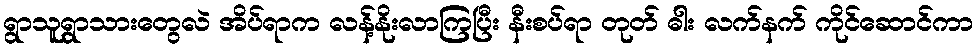
ရွာသူရွာသားတွေလဲ အိပ်ရာက လန့်နိုးလာကြပြီး နီးစပ်ရာ တုတ် ဓါး လက်နက် ကိုင်ဆောင်ကာ